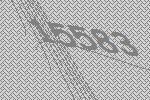
15583